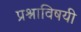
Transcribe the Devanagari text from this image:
प्रश्नाविषयी